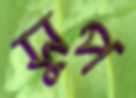
সুপ